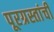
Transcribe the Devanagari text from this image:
पूरग्रस्तांची